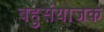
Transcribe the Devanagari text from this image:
बहुसंयोजक